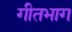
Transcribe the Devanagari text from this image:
गीतभाग